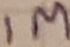
Text: 1M